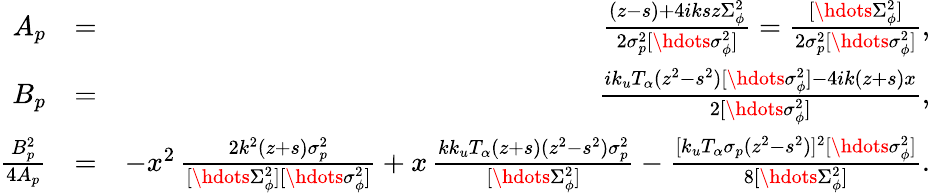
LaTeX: \begin{array}{rlr}{A_{p}}&{=}&{\frac{(z-s)+4iksz\Sigma_{\phi}^{2}}{2\sigma_{p}^{2}[\hdots\sigma_{\phi}^{2}]}=\frac{[\hdots\Sigma_{\phi}^{2}]}{2\sigma_{p}^{2}[\hdots\sigma_{\phi}^{2}]},}\\ {B_{p}}&{=}&{\frac{ik_{u}T_{\alpha}(z^{2}-s^{2})[\hdots\sigma_{\phi}^{2}]-4ik(z+s)x}{2[\hdots\sigma_{\phi}^{2}]},}\\ {\frac{B_{p}^{2}}{4A_{p}}}&{=}&{-x^{2}\, \frac{2k^{2}(z+s)\sigma_{p}^{2}}{[\hdots\Sigma_{\phi}^{2}][\hdots\sigma_{\phi}^{2}]}+x\, \frac{kk_{u}T_{\alpha}(z+s)(z^{2}-s^{2})\sigma_{p}^{2}}{[\hdots\Sigma_{\phi}^{2}]}-\frac{[k_{u}T_{\alpha}\sigma_{p}(z^{2}-s^{2})]^{2}[\hdots\sigma_{\phi}^{2}]}{8[\hdots\Sigma_{\phi}^{2}]}.}\end{array}